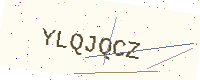
Text: YLQJQCZ